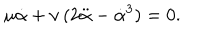
\mu { \dot { \alpha } } + \nu \, ( 2 { \ddot { \alpha } } - { \dot { \alpha } } ^ { 3 } ) = 0 .